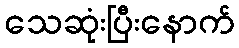
သေဆုံးပြီးနောက်